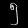
Digit: ၅